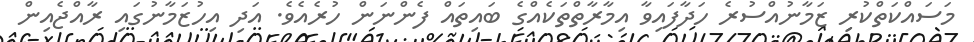
މަސައްކަތްކުރި ޒަމާނުއްސުރެ ހަދާފައިވާ އިމާރާތްތަކެއްގެ ބައިތައް ފެންނަން ހުރެއެވެ. އަދި އިހުޒަމާނުގައި ރާއްޖެއިން